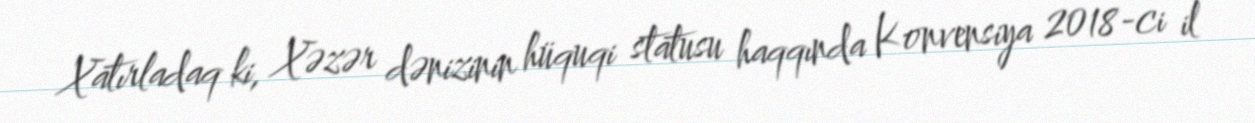
Xatırladaq ki, Xəzər dənizinin hüquqi statusu haqqında Konvensiya 2018-ci il